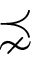
\precnsim